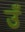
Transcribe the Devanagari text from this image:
उँ